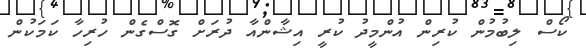
ކޯސް ލިބުމުން ކުރިން އުންމީދު ކުރީ އިޝާންއާ ދުރަށް ގޮސްގެން ހުރިހާ ކަމަކުން